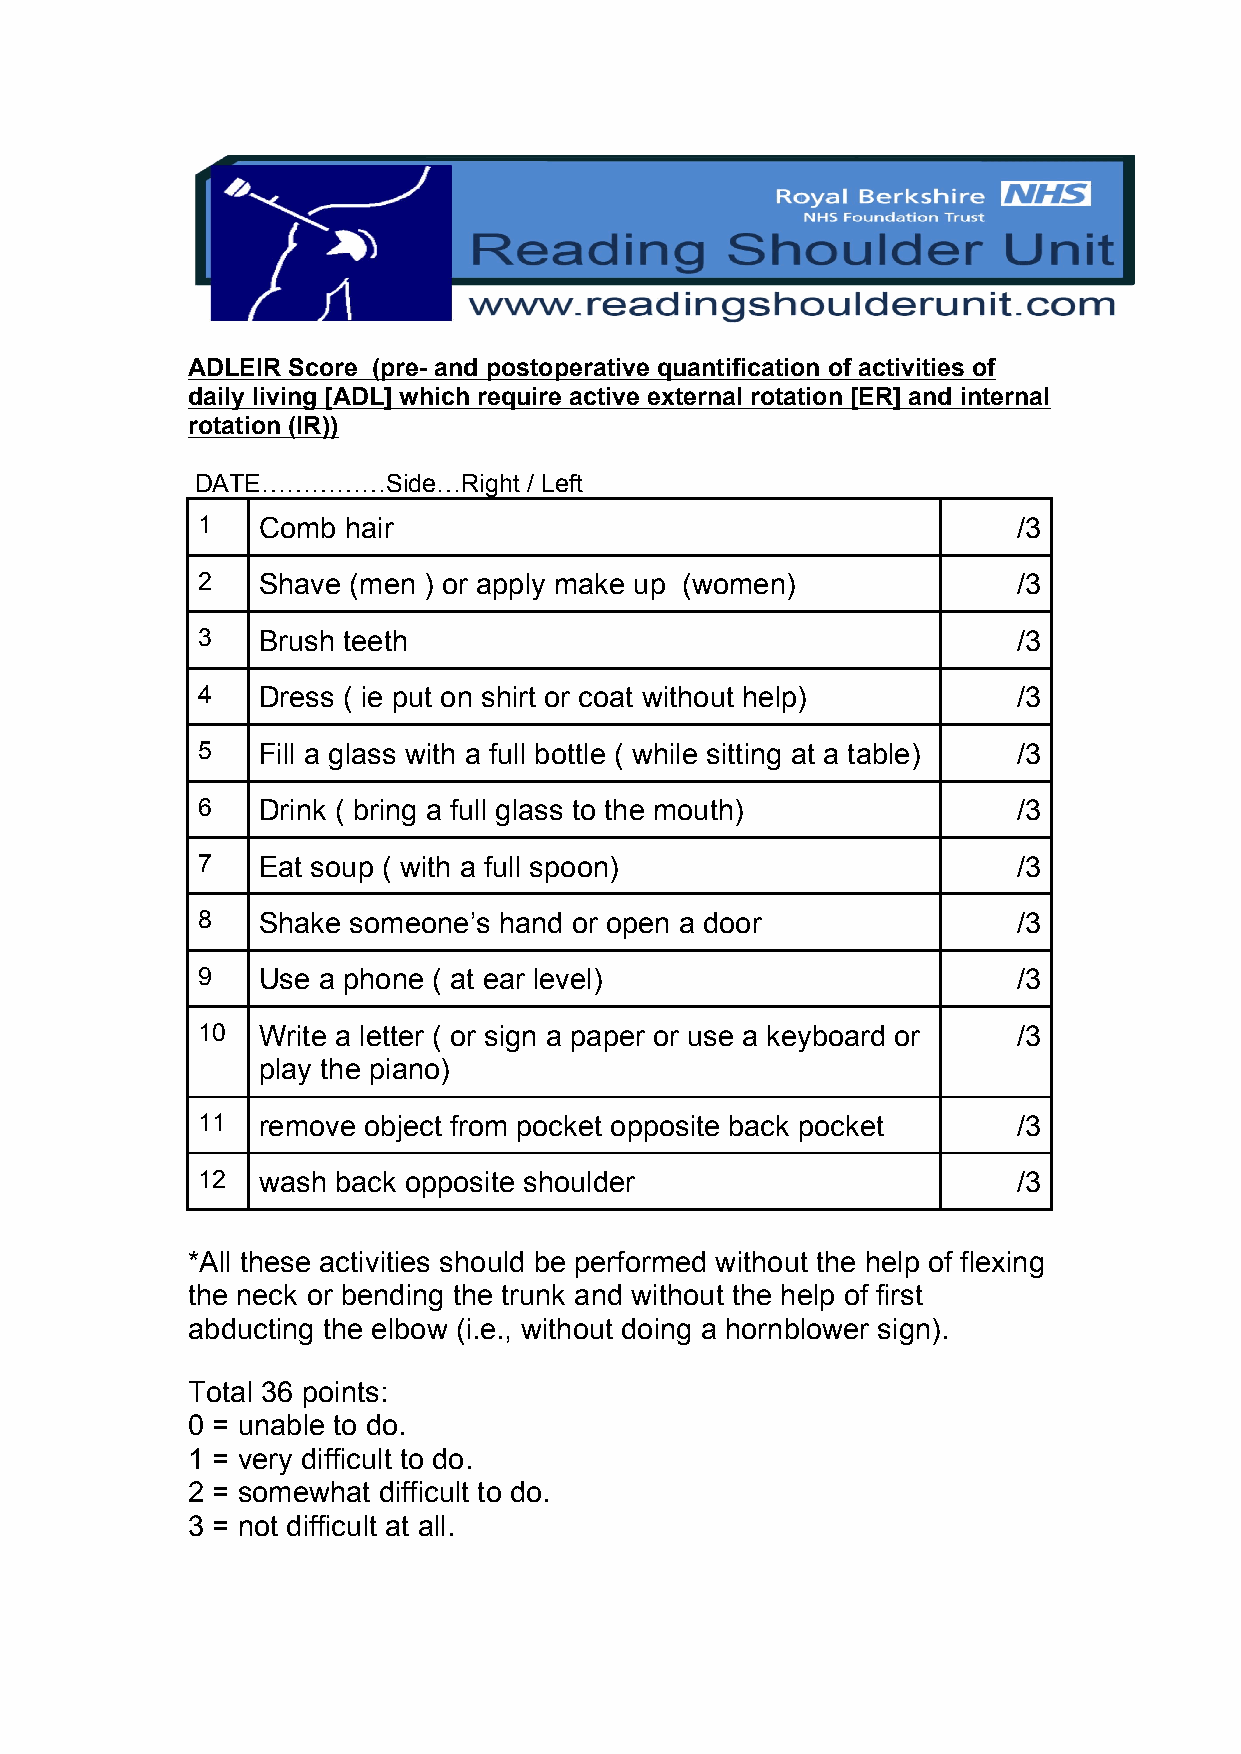
ADLEIR Score (pre- and postoperative quantification of activities of
 daily living [ADL] which require active external rotation [ER] and internal
 rotation (IR))
 DATE……………Side…Right   / Left
 1   Comb  hair                                        /3
 2   Shave (men ) or apply make up (women)             /3
 3   Brush teeth                                       /3
 4   Dress ( ie put on shirt or coat without help)     /3
 5   Fill a glass with a full bottle ( while sitting at a table) /3
 6   Drink ( bring a full glass to the mouth)          /3
 7   Eat soup ( with a full spoon)                     /3
 8   Shake someone’s hand or open a door               /3
 9   Use a phone ( at ear level)                       /3
 10  Write a letter ( or sign a paper or use a keyboard or /3
 play the piano)
 11  remove object from pocket opposite back pocket    /3
 12  wash back opposite shoulder                       /3
 *All these activities should be performed without the help of flexing
 the neck or bending the trunk and without the help of first
 abducting the elbow (i.e., without doing a hornblower sign).
 Total 36 points:
 0 = unable to do.
 1 = very difficult to do.
 2 = somewhat difficult to do.
 3 = not difficult at all.